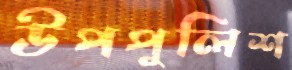
উপপুলিশ